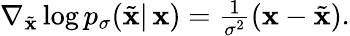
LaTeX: \begin{array}{r}{\nabla_{\tilde{\mathbf{x}}}\log p_{\sigma}(\tilde{\mathbf{x}}|\, \mathbf{x})=\frac{1}{\sigma^{2}}(\mathbf{x}-\tilde{\mathbf{x}}).}\end{array}